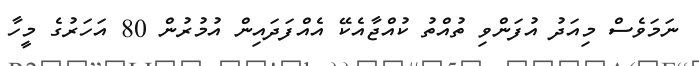
ނަމަވެސް މިއަދު އުފަންވި ތުއްތު ކުއްޖާއެކޭ އެއްފަދައިން އުމުރުން 80 އަހަރުގެ މީހާ